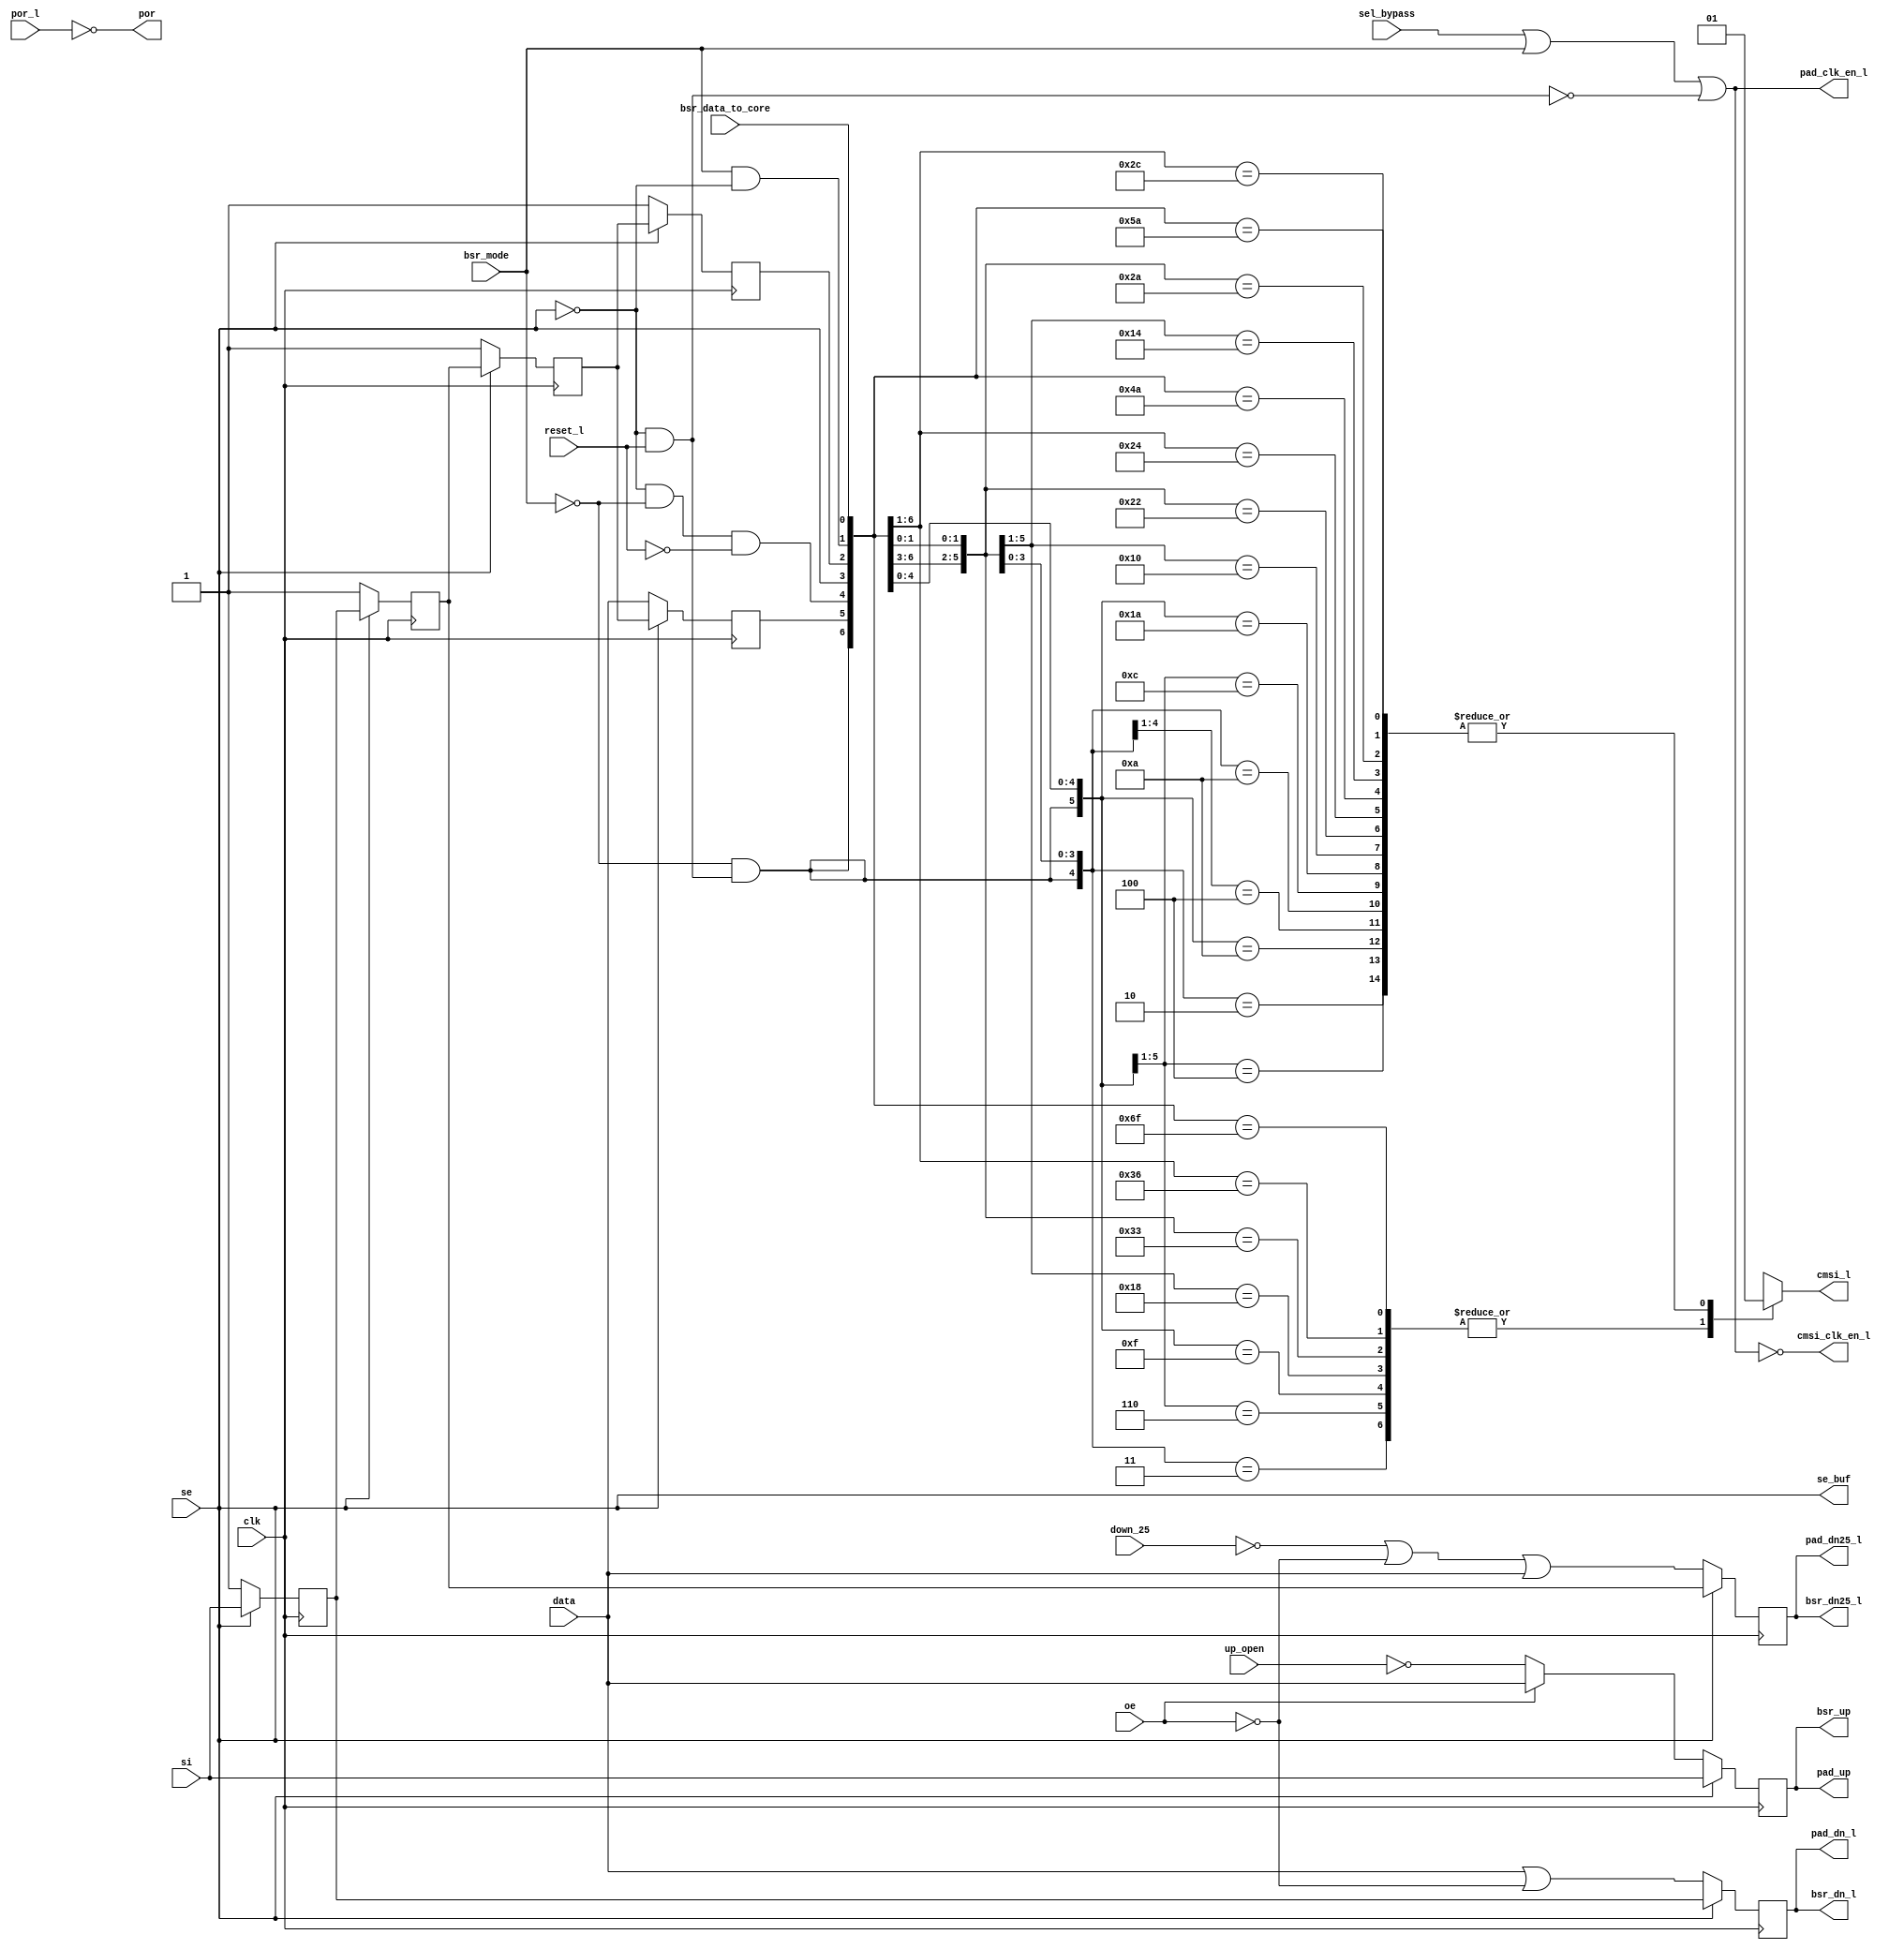
module bw_io_dtl_edgelogic (/*AUTOARG*/
  // Outputs
  pad_up, pad_dn_l, pad_dn25_l, pad_clk_en_l, cmsi_clk_en_l, cmsi_l, se_buf, 
  bsr_up, bsr_dn_l, bsr_dn25_l, por, 
  // Inputs
  data, oe, si, reset_l, sel_bypass, clk, bsr_mode, up_open, down_25, por_l, 
  se, bsr_data_to_core
  );

  input		data;
  input		oe;
  input		si;
  input		reset_l;
  input		sel_bypass;
  input		clk;
  input		bsr_mode;
  input		up_open;
  input		down_25;
  input		por_l;
  input		se;
  input		bsr_data_to_core;

  output	pad_up;
  output	pad_dn_l;
  output	pad_dn25_l;
  output	pad_clk_en_l;
  output	cmsi_clk_en_l;
  output	cmsi_l;
  output	se_buf;
  output	bsr_up;
  output	bsr_dn_l;
  output	bsr_dn25_l;
  output	por;


  reg cmsi_l;
  reg edgelogic_so;
  reg bypass_data;
  reg net223;
  reg pad_dn25_l;
  reg net229;
  reg pad_dn_l;
  reg net217;
  reg pad_up;
  		

  wire s0 = bsr_mode && ~se;
  wire s2 = ~se && ~bsr_mode && ~reset_l;
  wire se_buf = se;
  wire die = ~se && reset_l;
  wire s3 = ~bsr_mode && die;
  wire pad_clk_en_l = sel_bypass || bsr_mode || ~die;
  wire cmsi_clk_en_l = ~(sel_bypass || bsr_mode || ~die);

  wire dn = data || ~oe;
  wire dn25 = ~down_25 || ~oe || data;
  wire up = oe ? data : ~up_open;
  wire por = ~por_l;
  wire bsr_up = pad_up;
  wire bsr_dn_l = pad_dn_l;
  wire bsr_dn25_l = pad_dn25_l;

  always @ (s3 or s2 or se_buf or s0 or bypass_data or edgelogic_so or bsr_data_to_core) begin
    casex ({s3, bypass_data, s2, 1'b0, se_buf, edgelogic_so, s0, bsr_data_to_core})
      8'b0x0x0x10: cmsi_l = 1'b1;
      8'b0x0x0x11: cmsi_l = 1'b0;
      8'b0x0x100x: cmsi_l = 1'b1;
      8'b0x0x110x: cmsi_l = 1'b0;
      8'b0x0x1010: cmsi_l = 1'b1;
      8'b0x0x1111: cmsi_l = 1'b0;
      8'b0x100x0x: cmsi_l = 1'b1;
      8'b0x110x0x: cmsi_l = 1'b0;
      8'b0x100x10: cmsi_l = 1'b1;
      8'b0x110x11: cmsi_l = 1'b0;
      8'b0x10100x: cmsi_l = 1'b1;
      8'b0x11110x: cmsi_l = 1'b0;
      8'b0x101010: cmsi_l = 1'b1;
      8'b0x111111: cmsi_l = 1'b0;
      8'b100x0x0x: cmsi_l = 1'b1;
      8'b110x0x0x: cmsi_l = 1'b0;
      8'b100x0x10: cmsi_l = 1'b1;
      8'b110x0x11: cmsi_l = 1'b0;
      8'b100x100x: cmsi_l = 1'b1;
      8'b110x110x: cmsi_l = 1'b0;
      8'b100x1010: cmsi_l = 1'b1;
      8'b110x1111: cmsi_l = 1'b0;
      8'b10100x0x: cmsi_l = 1'b1;
      8'b11110x0x: cmsi_l = 1'b0;
      8'b10100x10: cmsi_l = 1'b1;
      8'b11110x11: cmsi_l = 1'b0;
      8'b1010100x: cmsi_l = 1'b1;
      8'b1111110x: cmsi_l = 1'b0;
      8'b10101010: cmsi_l = 1'b1;
      8'b11111111: cmsi_l = 1'b0;
      default:     cmsi_l = 1'bx;
      endcase
    end

  always @(posedge clk) begin
    if (se_buf) // flop_bypass
      begin
      edgelogic_so <= net223;
      bypass_data  <= net223;
      end
    else
      begin
      edgelogic_so <= 1'b1;
      bypass_data <= data;
      end

    if (se_buf) // flop_dn25
      begin
      net223 <= net229;
      pad_dn25_l <= net229;
      end
    else
      begin
      net223 <= 1'b1;
      pad_dn25_l <= dn25;
      end  	
        	
    if (se_buf) // flop_dn
      begin
      net229 <= net217;
      pad_dn_l <= net217;
      end
    else
      begin
      net229 <= 1'b1;
      pad_dn_l <= dn;
      end  	

    if (se_buf) // flop_up
      begin
      net217 <= si; // so
      pad_up <= si; // q
      end
    else
      begin
      net217 <= 1'b1; // so
      pad_up <= up;   // q
      end  	
    end


  endmodule